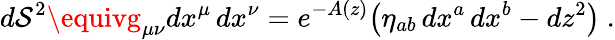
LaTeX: d\mathcal{S}^{2}\equivg_{\mu\nu}dx^{\mu}\, dx^{\nu}=e^{-A(z)}\big(\eta_{ab}\, dx^{a}\, dx^{b}-dz^{2}\big)\ .